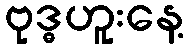
ဗုဒ္ဓဟူးနေ့